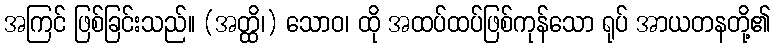
အကြင် ဖြစ်ခြင်းသည်။ (အတ္ထိ၊) သောဝ၊ ထို အထပ်ထပ်ဖြစ်ကုန်သော ရုပ် အာယတနတို့၏